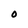
Character: 0